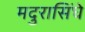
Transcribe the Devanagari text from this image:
मदुरासिंघे